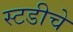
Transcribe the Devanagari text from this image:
स्टडीचे